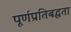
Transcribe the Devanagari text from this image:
पूर्णप्रतिबद्धता